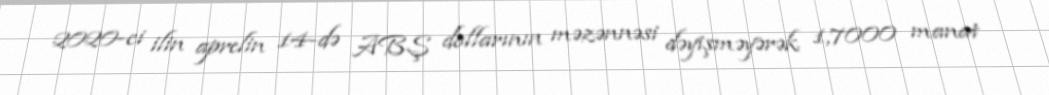
2020-ci ilin aprelin 14-də ABŞ dollarının məzənnəsi dəyişməyərək 1,7000 manat